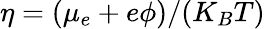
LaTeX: \eta=(\mu_{e}+e\phi)/(K_{B}T)